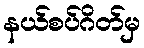
နယ်စပ်ဂိတ်မှ